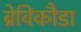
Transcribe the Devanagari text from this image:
ब्रेविकौडा